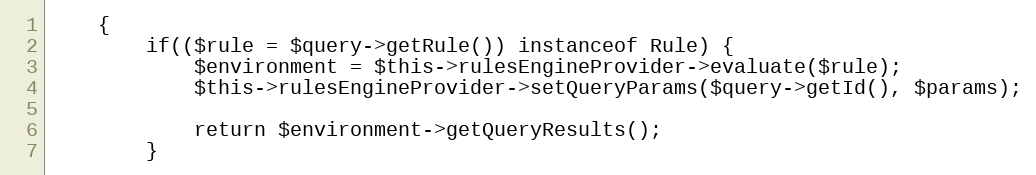
Language: PHP
    {
        if(($rule = $query->getRule()) instanceof Rule) {
            $environment = $this->rulesEngineProvider->evaluate($rule);
            $this->rulesEngineProvider->setQueryParams($query->getId(), $params);

            return $environment->getQueryResults();
        }